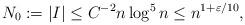
LaTeX: \begin{align*}N_{0}:=|I|\le C^{-2}n\log^{5}n\le n^{1+\varepsilon/10},\end{align*}